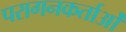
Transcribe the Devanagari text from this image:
परागनकर्ताओं